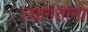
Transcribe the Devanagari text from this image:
त्यागताना